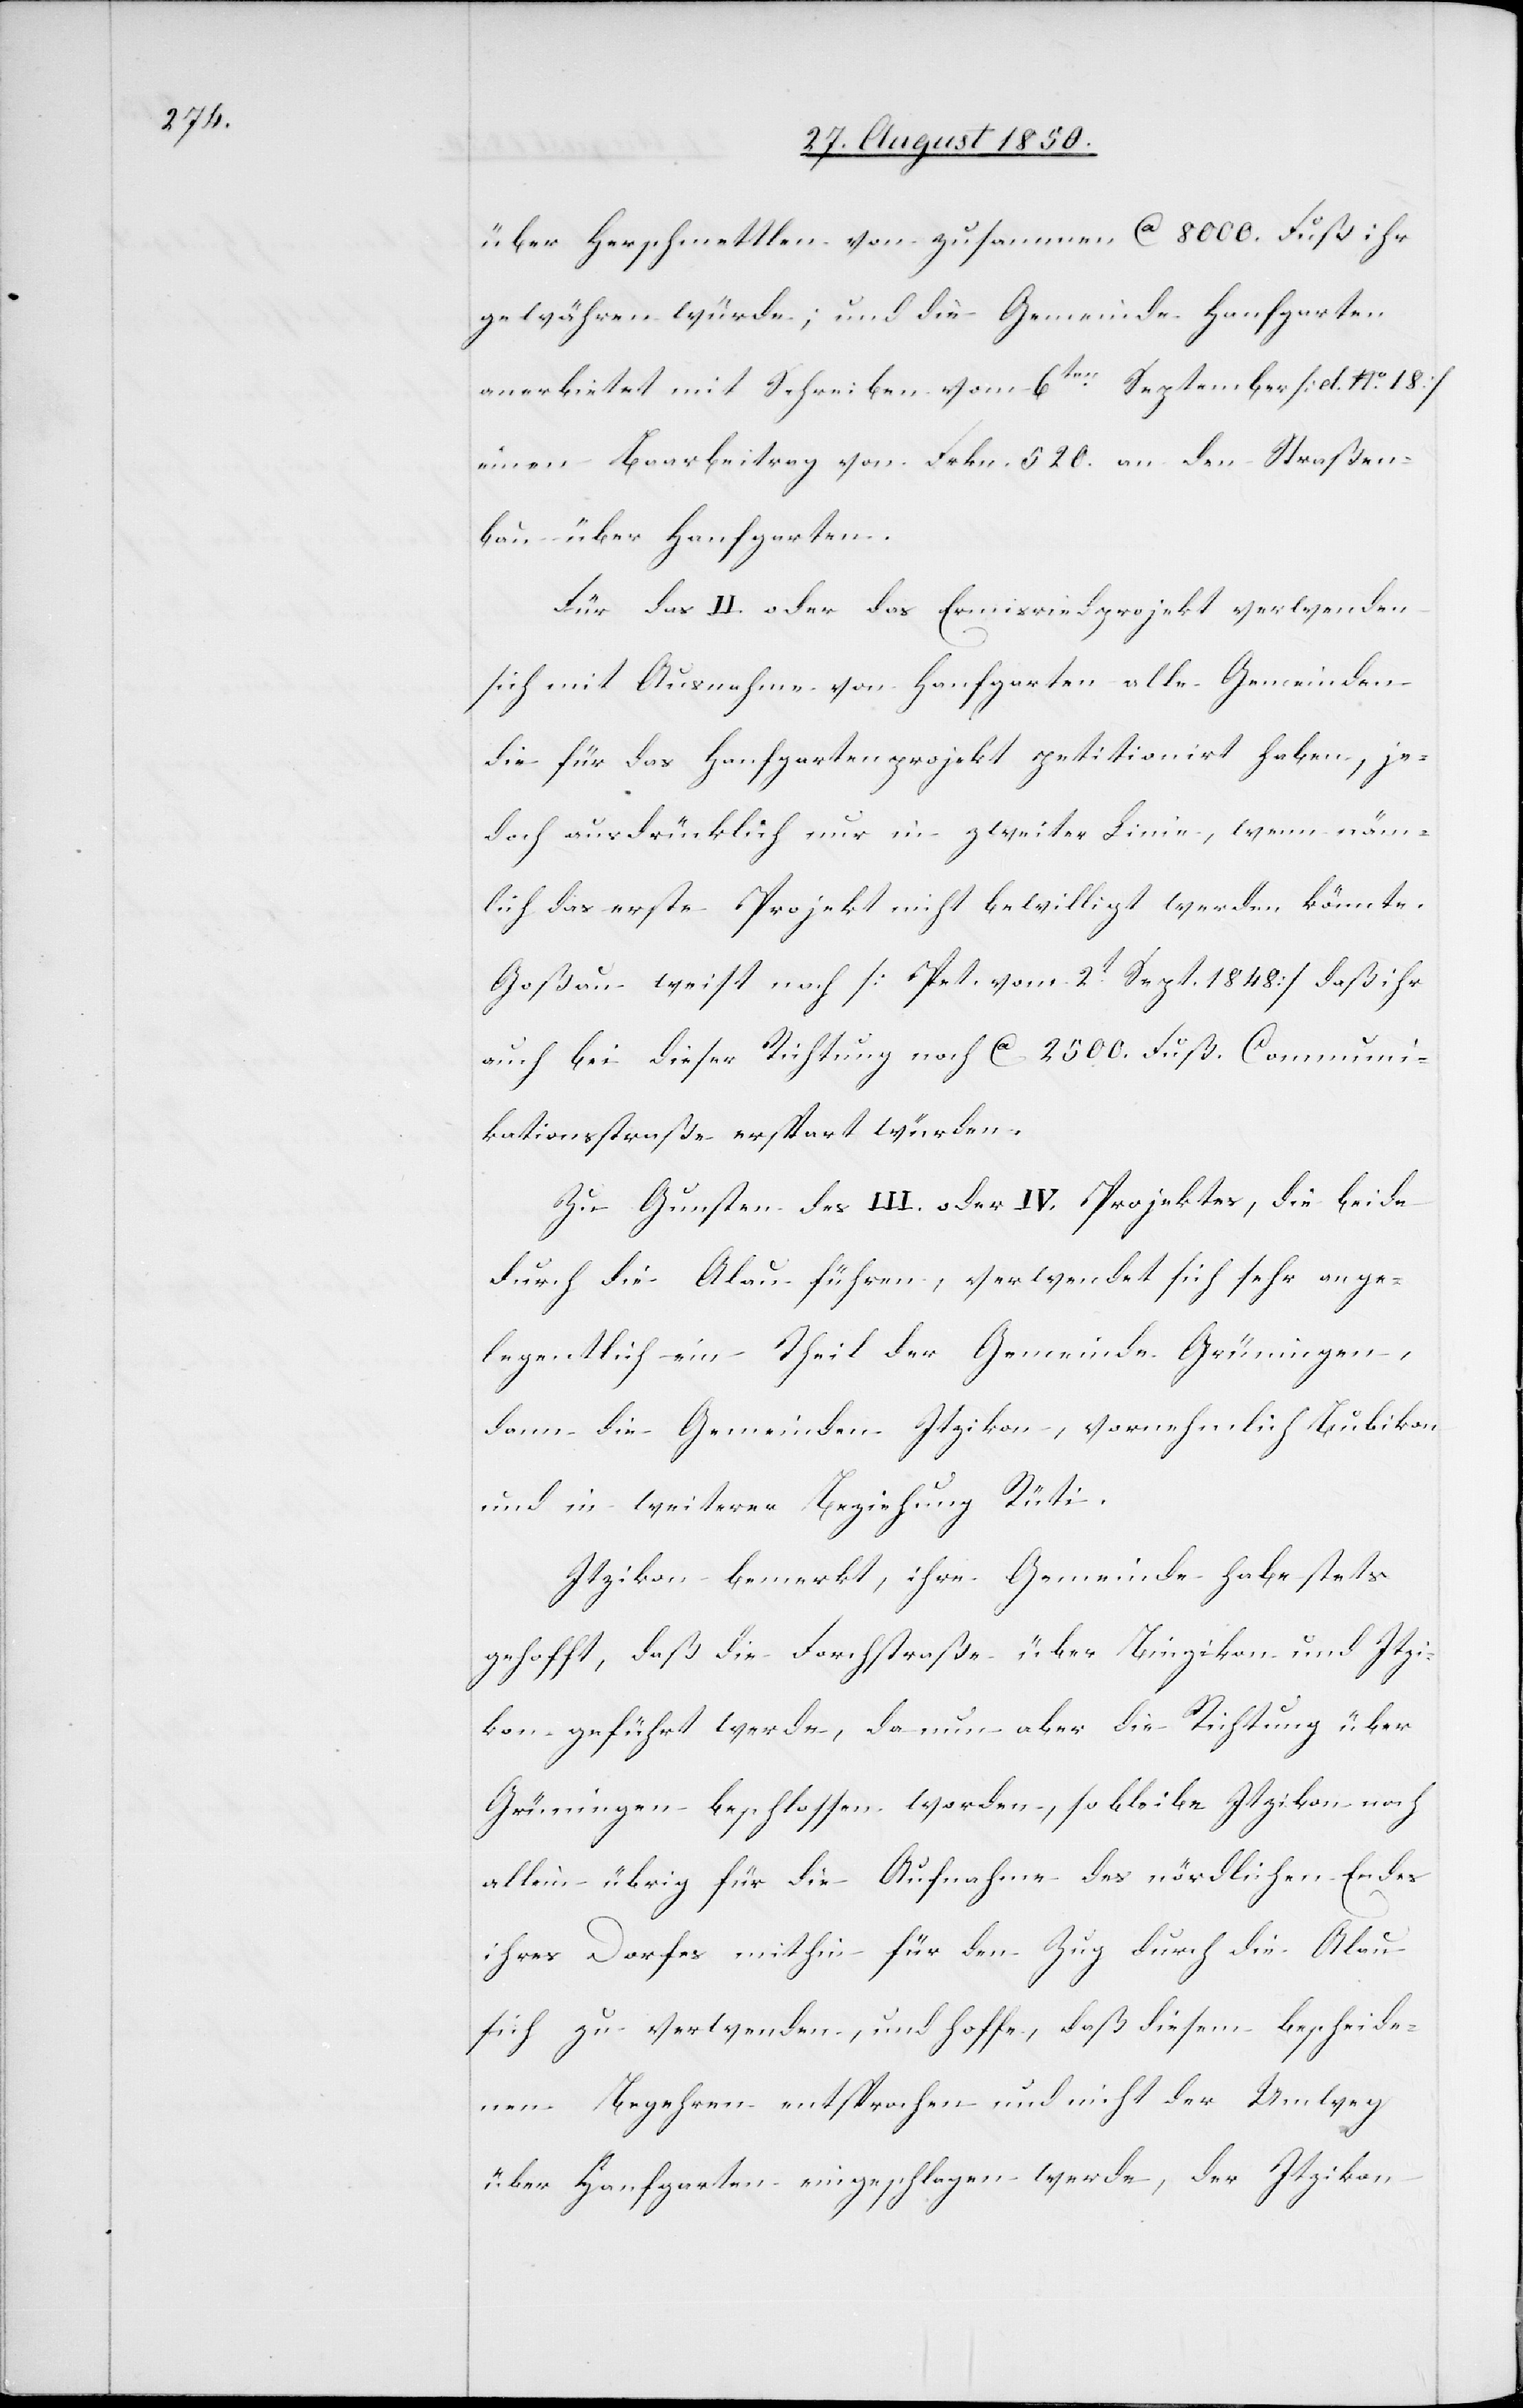
über Herschmettlen von zusammen ca 8 000. Fuß ihr
gewähren würde; und die Gemeinde Hanfgarten
anerbietet mit Schreiben vom 6ten September [d. No. 18]
einen Baarbeitrag von Frkn. 520. an den Straßen¬
bau über Hanfgarten.
Für das II. oder das Ermisriedprojekt verwenden
sich mit Ausnahme von Hanfgarten alle Gemeinden
die für das Hanfgartenprojekt petitionirt haben, je¬
doch ausdrücklich nur in zweiter Linie, wenn näm¬
lich das erste Projekt nicht bewilligt werden könnte.
Goßau weist nach [Pet. vom 2t Sept. 1848] daß ihr
auch bei dieser Richtung noch ca 2 500. Fuß. Communi¬
kationsstraße erspart würden.
Zu Gunsten des III. oder IV. Projektes, die beide
durch die Alau führen, verwendet sich sehr ange¬
legentlich ein Theil der Gemeinde Grüningen,
dann die Gemeinden Itzikon, vornehmlich Bubikon
und in weiterer Beziehung Rüti.
Itzikon bemerkt, ihre Gemeinde habe stets
gehofft, daß die Forchstraße über Binzikon und Itzi¬
kon geführt werde, da nun aber die Richtung über
Grüningen beschlossen worden, so bleibe Itzikon noch
allein übrig für die Aufnahme des nördlichen Endes
ihres Dorfes mithin für den Zug durch die Alau
sich zu verwenden, und hoffe, daß diesem bescheide¬
nen Begehren entsprochen und nicht der Umweg
über Hanfgarten eingeschlagen werde, der Itzikon